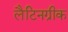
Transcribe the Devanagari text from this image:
लैटिनग्रीक